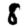
Digit: 8